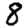
Digit: 8